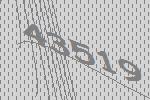
43519